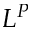
L ^ { P }